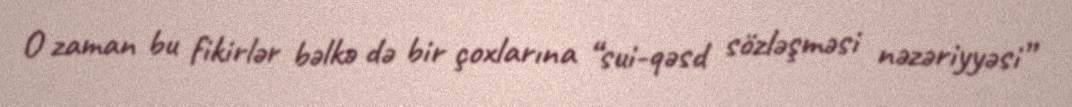
O zaman bu fikirlər bəlkə də bir çoxlarına “sui-qəsd sözləşməsi nəzəriyyəsi”